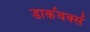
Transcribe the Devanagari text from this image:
डार्कवर्क्स